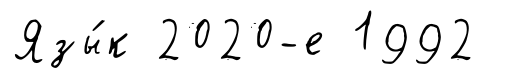
Язы́к 2020-е 1992